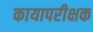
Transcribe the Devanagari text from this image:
कायापरीक्षक